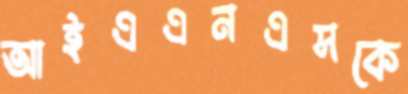
আইএএনএসকে